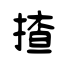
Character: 揸